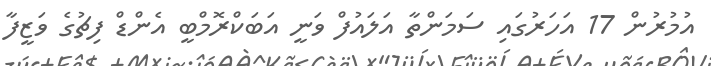
އުމުރުން 17 އަހަރުގައި ސަމަންތާ އަލައުފް ވަނީ އަބަކްރޮމްބީ އެންޑް ފިޗުގެ ވަޒީފާ